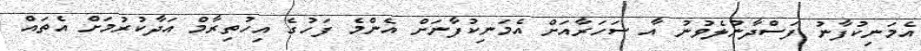
އެމަނިކުފާނު ފަސްދާނުލެވުނު އާ ސަހަރާއަށް އެމަނިކުފާނަށް އެންމެ ފަހުގެ އިހުތިރާމް އަދާކުރުމަށް އެތައް